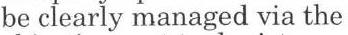
be clearly managed via the